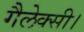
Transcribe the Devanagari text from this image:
गैलेक्सी।